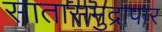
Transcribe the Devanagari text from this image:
सातासमुद्रापार